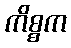
ကိစ္စက